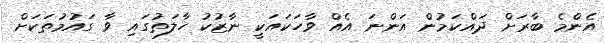
އެންމެ ބާރަށް ދައްކަމުން އަންނަ އެއް ވާހަކައަކީ ނާޒުކު ހާލަތުގައި ވާ ގައުމުތަކަށް